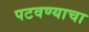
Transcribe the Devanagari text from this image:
पटवण्याचा